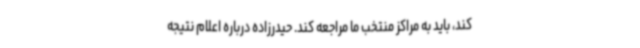
کند، باید به مراکز منتخب ما مراجعه کند. حیدرزاده درباره اعلام نتیجه